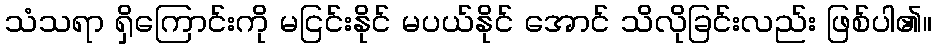
သံသရာ ရှိကြောင်းကို မငြင်းနိုင် မပယ်နိုင် အောင် သိလိုခြင်းလည်း ဖြစ်ပါ၏။